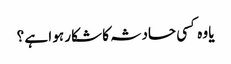
یا وہ کسی حادثہ کا شکار ہو ا ہے ؟